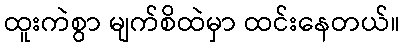
ထူးကဲစွာ မျက်စိထဲမှာ ထင်းနေတယ်။